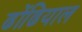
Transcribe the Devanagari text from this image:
ढोंढियाल